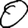
Digit: 0